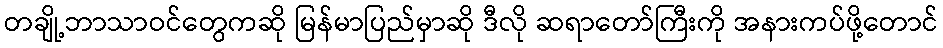
တချို့ဘာသာဝင်တွေကဆို မြန်မာပြည်မှာဆို ဒီလို ဆရာတော်ကြီးကို အနားကပ်ဖို့တောင်